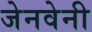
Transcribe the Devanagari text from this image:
जेनवेनी